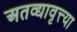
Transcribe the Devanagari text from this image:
अतद्व्यावृत्त्या